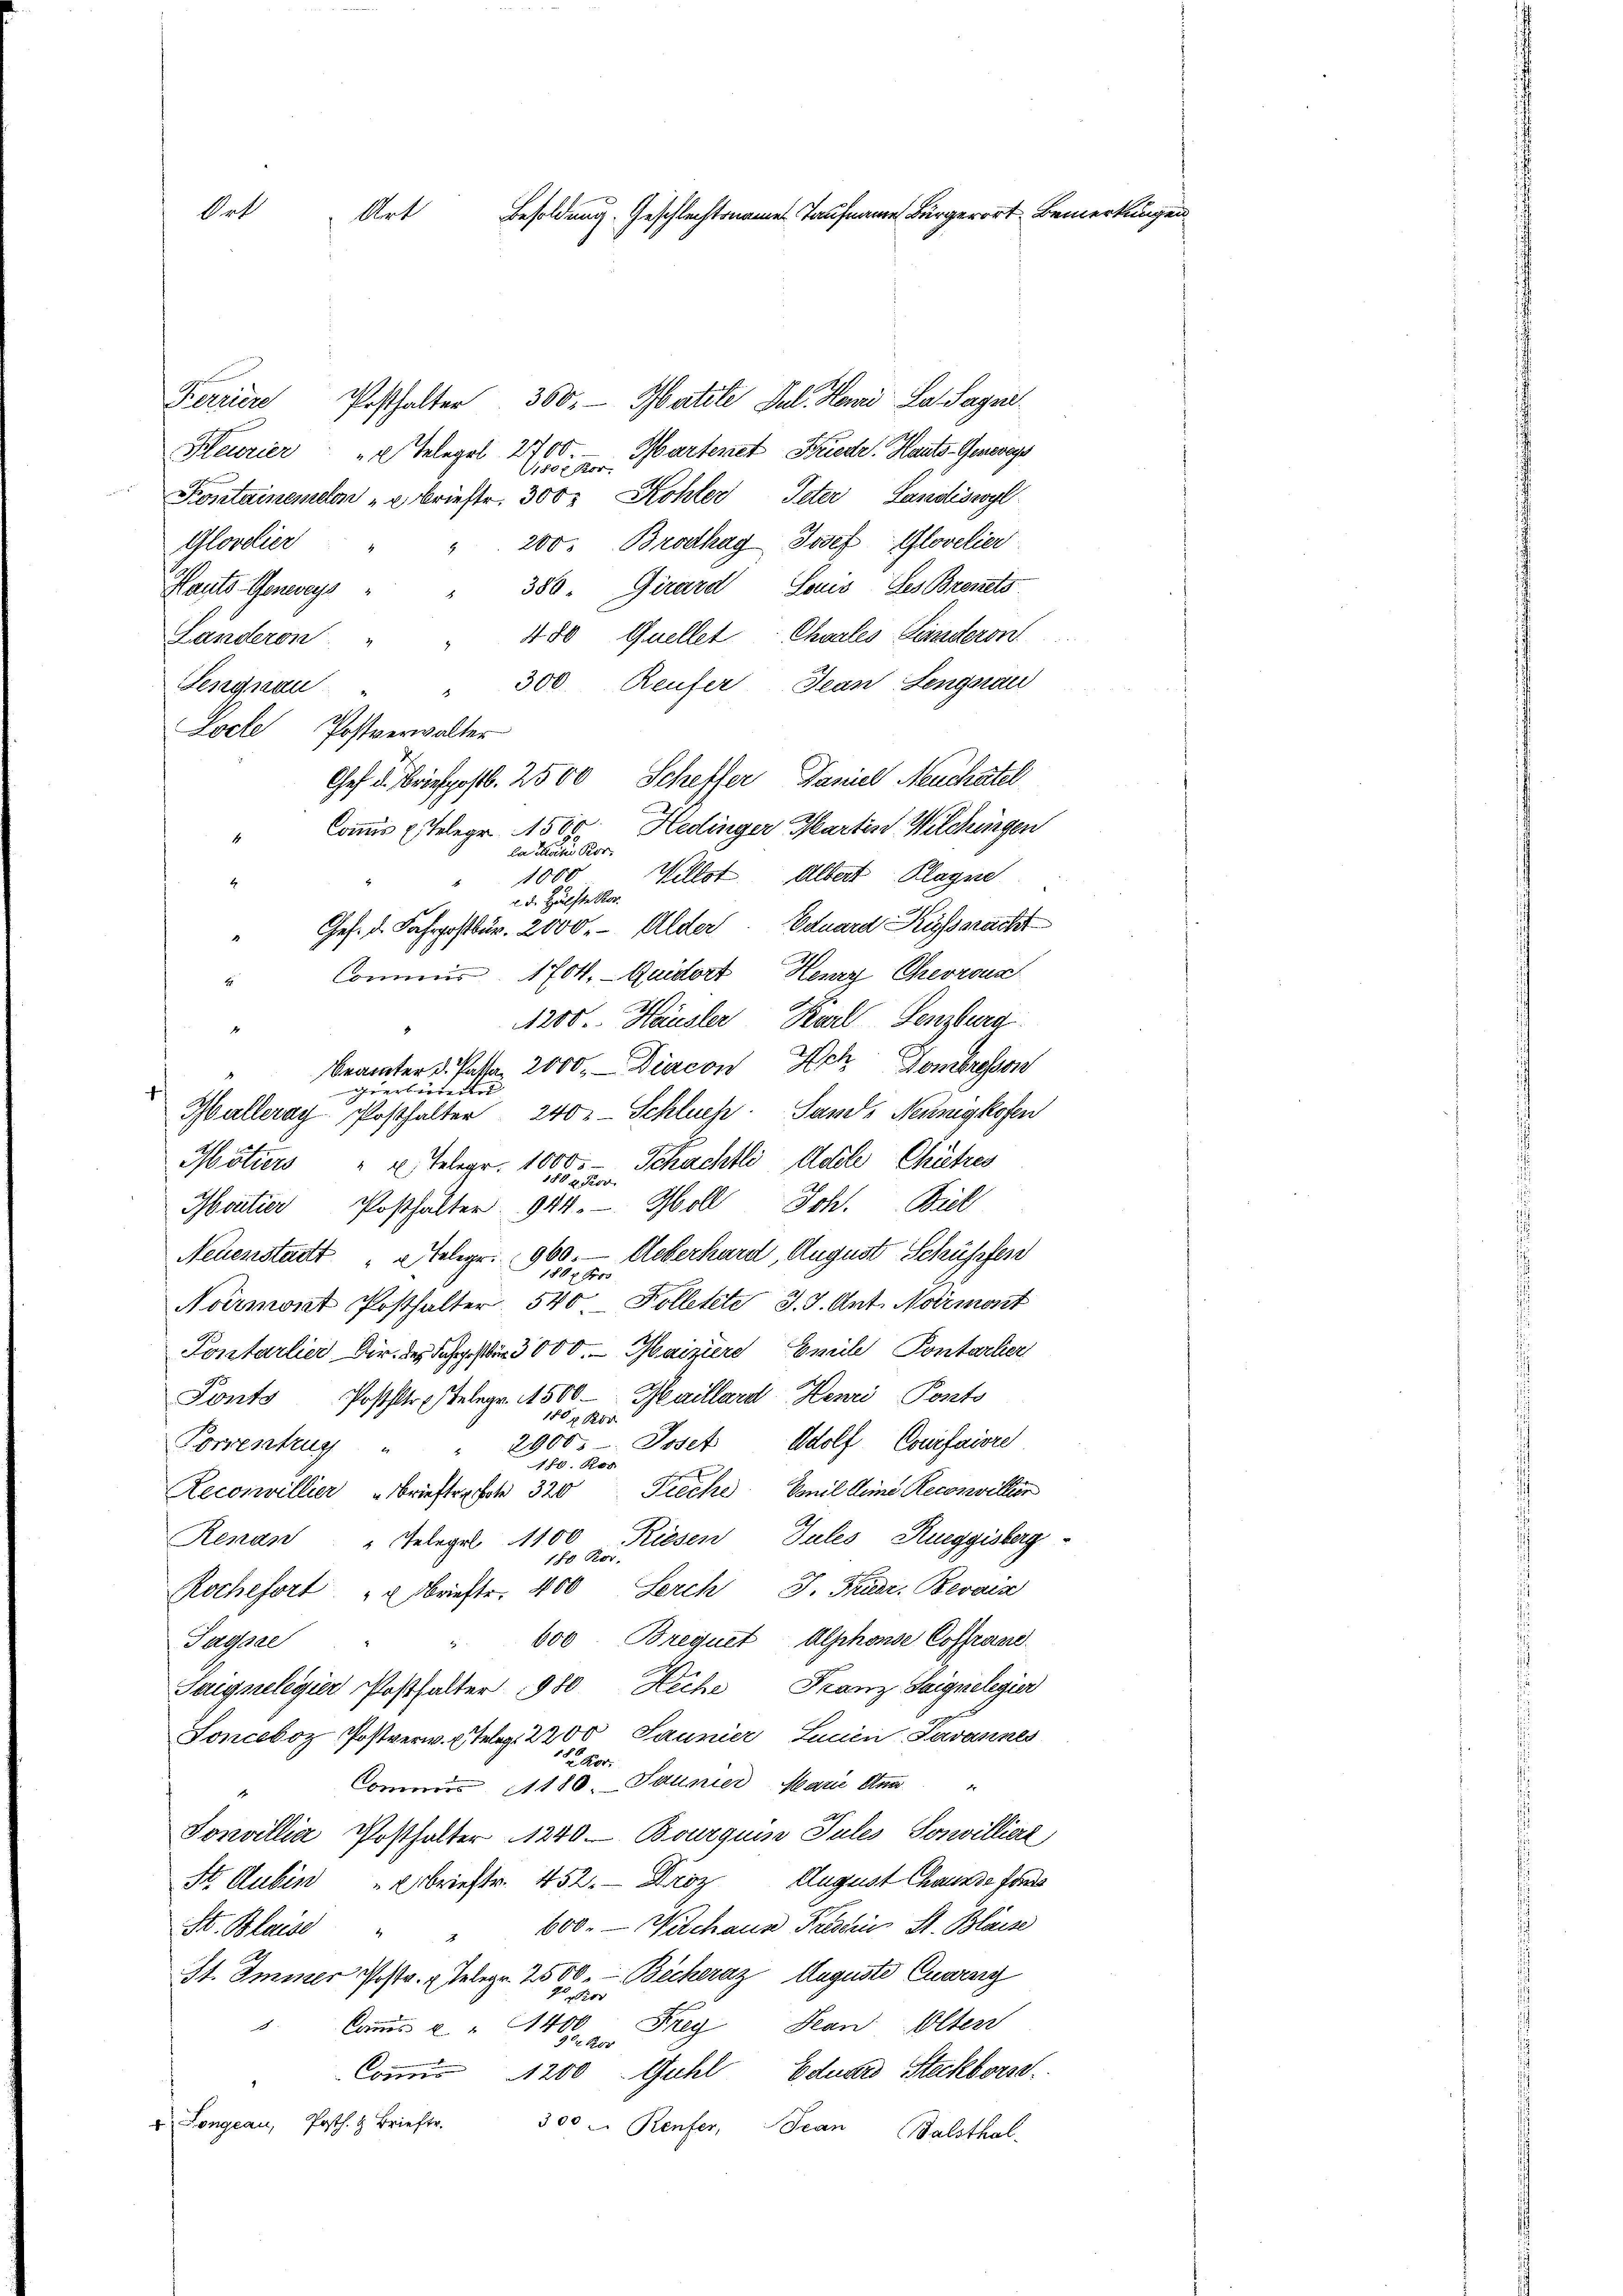
Ort Art Besoldung. Geschlecht auf Bürger Bemerkung

Ferrier Posthalter 360. Matile Jul. Henri La. Sagni¬
Heorier  "  Telegel 270.
Piosi Martenet Friede Hauts- Generey
Kontainemelin " Brieftr. 300 Kohler Peter Landiswyl
" 200. Brodhag Josef Glovelier
Glovdier
380. Girard Louis des Brevets
Kauts. Genereys
Chaales Landeron
480 Quellet
Landeron " "
" 300 Reufer Jean Lengerau
Lengnau
Loche Postverwalter
Gef u. Briefpostb. 2500 Scheffer Daniel Neuchatel
Hedinger Martin Wilchingen
Commis u. Telegr. 1508
la Sortei Kor
Willst Albert Plagne
1000
2. d. Hälfte Ror
Ges. d. Fahrpostbar. 2000.- Alder. Eduard Kusspracht
Commis 1704. Quistort Henry Chevron
1
1200. Häusler Karl Lenzburg
4
beamter d. Patta. 2000. - Diacon Ach Hombresson
f
Halleray Posthalter 240: Schlues Sand, Neunigkofen
Mötiers " u. Telegr. 1000 Schachtli Acte Chätzes
Moutier Posthalter 944. Holl, Joh. Biel
Neuenstadt " " Telegr. 960. — Ueberhard, August Schüssen
Noirmont Posthalter 540 Kolletete J. J. Ant. Normont
Pontarlier Dir. des Jahrgeftür 3000. Maiziere Emil Pontocher
Ponts Poststr. Telege 1500 — Maillard Henri Posts
180x Ro
Porrenhug " " 2900.- Josef Adolf Coifaire
180. Ros
x
Tieche Emil Juni Recosviller
Reconvillier " Brieften hohe 320
Renan "Gelegel 1100 Riesen Tules Rueggisberg
180 Kor
Rochefort " " Brieftr. 400 Lerch J. Friedr. Bevais
" 600. Brequet Alphonse Cosfraen
Tagare
Franz Saignelegier
Sangelegier Posthalter 1980 Heche
Sonceboz Postverw. Telex. 2200 Saunier, Leuen Lavannes
Se Kor
Commis 11180. Jauner, Marie Staa
Sonvillia Posthalter 1840 - Bourquis Pules Soswilliare
St. Aubin " " Brieftr. 452. Droz. August hause for
600. — Wilchaus Passin St. Blaise
St. Blaise
4
St. Immer Postr. Telegr. 2500. Beckeraz Auguste Curing
3. Commis u " 400. Frey, Jean Olten
Coṁis 1200 Guhl Eduard Steckborst
u Longeau, Posth. & Brieftr. 300 u. Renfer, Jean Balsthal-

er